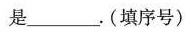
是___.(填序号)